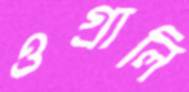
ওগ্‌রালি